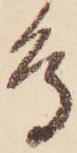
鳥